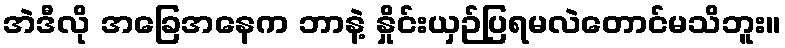
အဲဒီလို အခြေအနေက ဘာနဲ့ နှိုင်းယှဉ်ပြရမလဲတောင်မသိဘူး။